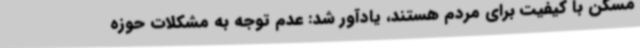
مسکن با کیفیت برای مردم هستند، یادآور شد: عدم توجه به مشکلات حوزه